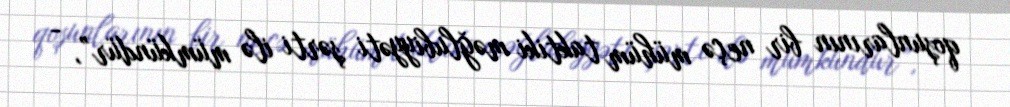
qoşunlarının bir neçə mühüm taktiki məğlubiyyəti şərti ilə mümkündür”, -